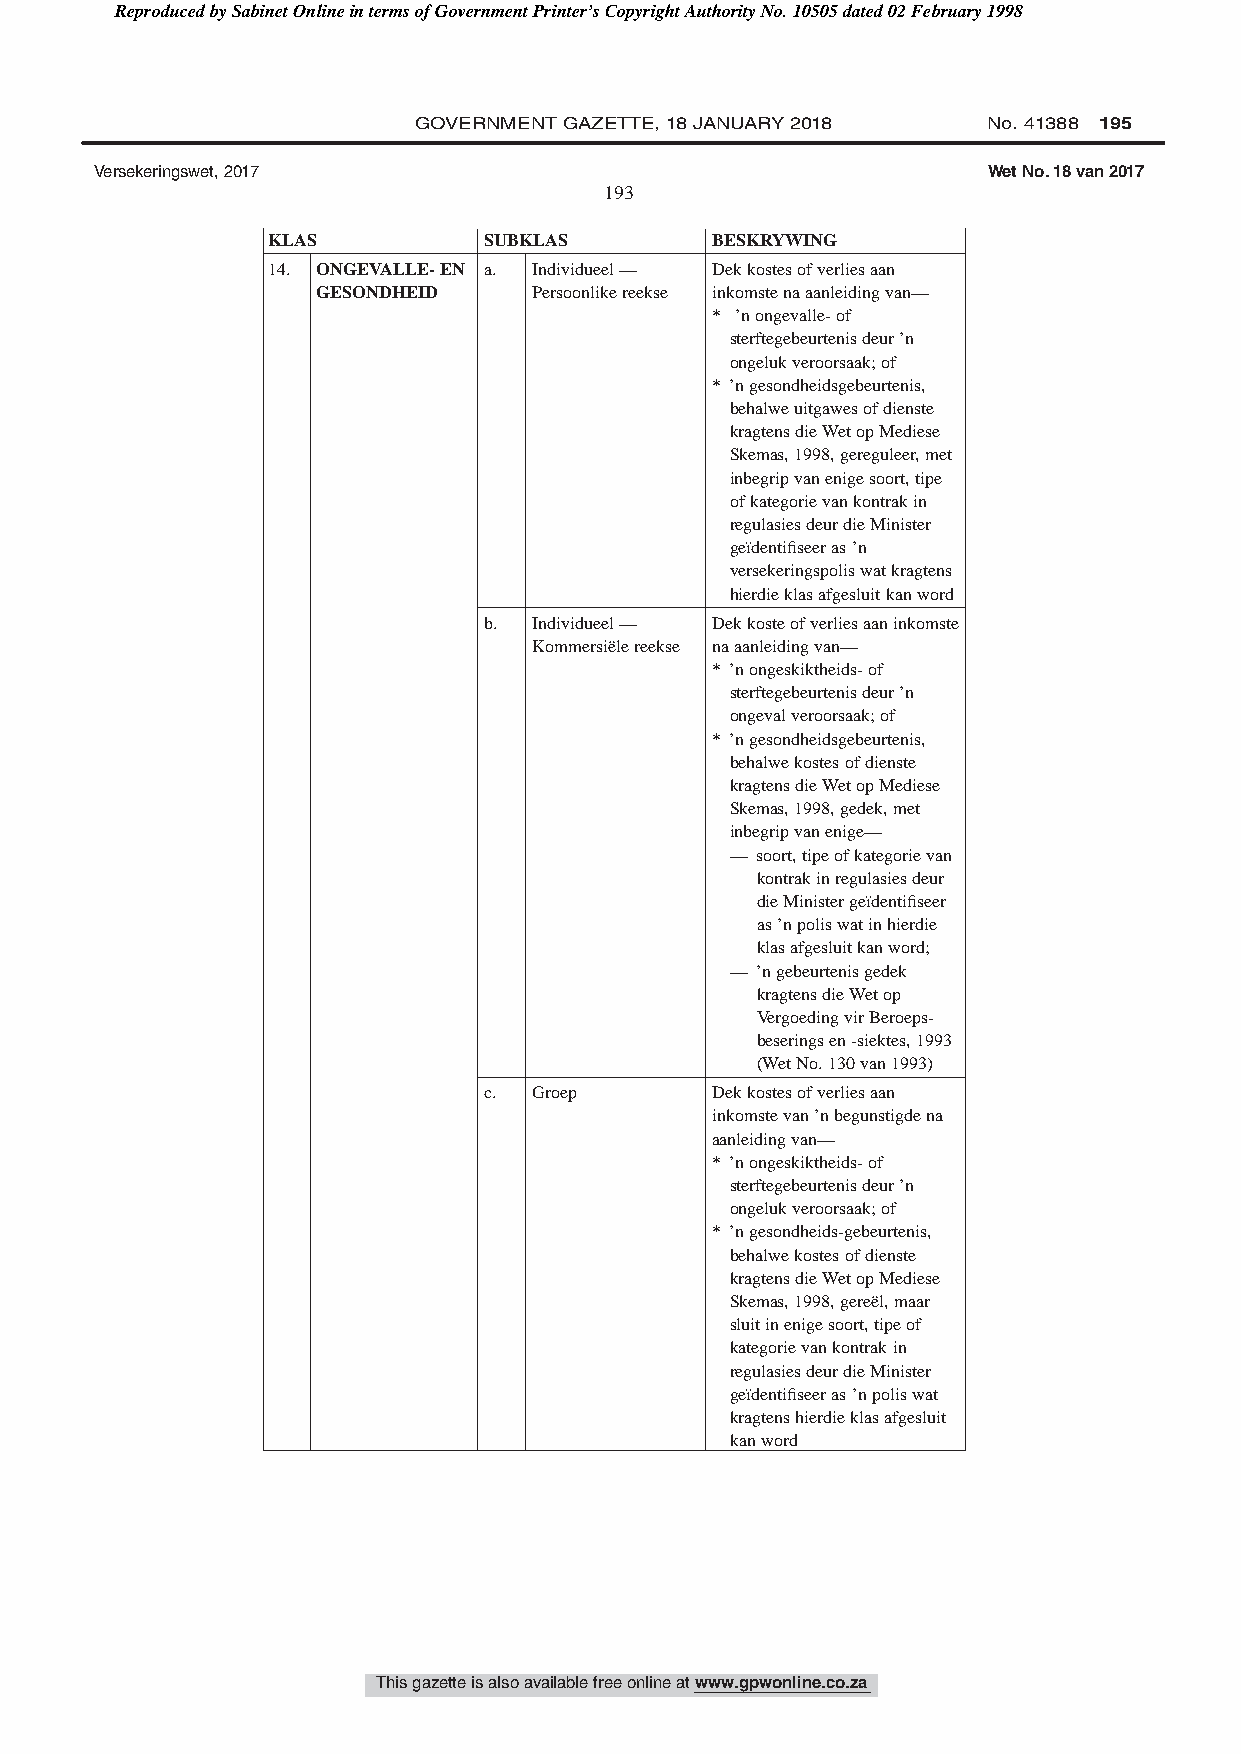
Reproduced by Sabinet Online in terms of Government Printer’s Copyright Authority No. 10505 dated 02 February 1998
 GOVERNMENT GAZETTE, 18 JANUARY 2018   No. 41388 195
 Versekeringswet, 2017                                      Wet No. 18 van 2017
 193
 KLAS          SUBKLAS        BESKRYWING
 14. ONGEVALLE-EN a. Individueel— Dekkostesofverliesaan
 GESONDHEID    Persoonlikereekse inkomstenaaanleidingvan—
 * ’nongevalle-of
 sterftegebeurtenisdeur’n
 ongelukveroorsaak;of
 * ’ngesondheidsgebeurtenis,
 behalweuitgawesofdienste
 kragtensdieWetopMediese
 Skemas,1998,gereguleer,met
 inbegripvanenigesoort,tipe
 ofkategorievankontrakin
 regulasiesdeurdieMinister
 geïdentifiseeras’n
 versekeringspoliswatkragtens
 hierdieklasafgesluitkanword
 b. Individueel— Dekkosteofverliesaaninkomste
 Kommersiëlereekse naaanleidingvan—
 * ’nongeskiktheids-of
 sterftegebeurtenisdeur’n
 ongevalveroorsaak;of
 * ’ngesondheidsgebeurtenis,
 behalwekostesofdienste
 kragtensdieWetopMediese
 Skemas,1998,gedek,met
 inbegripvanenige—
 — soort,tipeofkategorievan
 kontrakinregulasiesdeur
 dieMinistergeïdentifiseer
 as’npoliswatinhierdie
 klasafgesluitkanword;
 — ’ngebeurtenisgedek
 kragtensdieWetop
 VergoedingvirBeroeps-
 beseringsen-siektes,1993
 (WetNo.130van1993)
 c. Groep       Dekkostesofverliesaan
 inkomstevan’nbegunstigdena
 aanleidingvan—
 * ’nongeskiktheids-of
 sterftegebeurtenisdeur’n
 ongelukveroorsaak;of
 * ’ngesondheids-gebeurtenis,
 behalwekostesofdienste
 kragtensdieWetopMediese
 Skemas,1998,gereël,maar
 sluitinenigesoort,tipeof
 kategorievankontrakin
 regulasiesdeurdieMinister
 geïdentifiseeras’npoliswat
 kragtenshierdieklasafgesluit
 kanword
 This gazette is also available free online at www.gpwonline.co.za